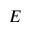
E